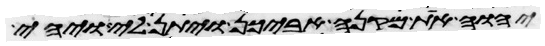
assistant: יהוה את מקנה אביכן ויתן לי ויהי